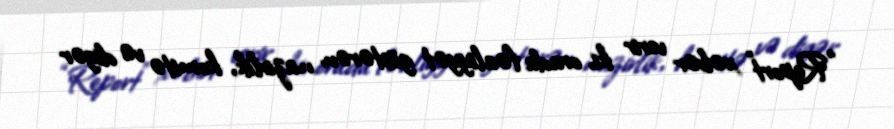
“Report” xəbər verir ki, orada fəaliyyət göstərən nazirlik, komitə və digər